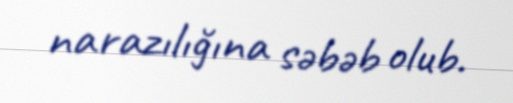
narazılığına səbəb olub.